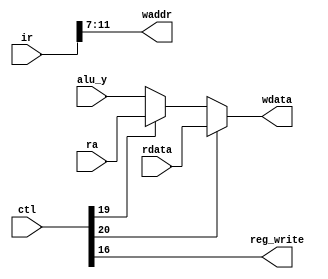
`timescale 1ns / 1ps
//////////////////////////////////////////////////////////////////////////////////
// Company: 
// Engineer: 
// 
// Design Name: 
// Module Name: WB
// Project Name: 
// Target Devices: 
// Tool Versions: 
// Description: 
// 
// Dependencies: 
// 
// Revision:
// Revision 0.01 - File Created
// Additional Comments:
// 
//////////////////////////////////////////////////////////////////////////////////


module WB(
    input [31:0] ir, ctl,
    input [31:0] ra,
    input [31:0] rdata, alu_y,
    output reg_write,
    output [4:0] waddr,
    output [31:0] wdata
    );

    wire mem_to_reg, ra_to_reg;

    assign mem_to_reg = ctl[20], ra_to_reg = ctl[19];
    assign reg_write = ctl[16];

    assign waddr = ir[11:7];
    assign wdata = mem_to_reg ? rdata : (ra_to_reg ? ra : alu_y);
endmodule